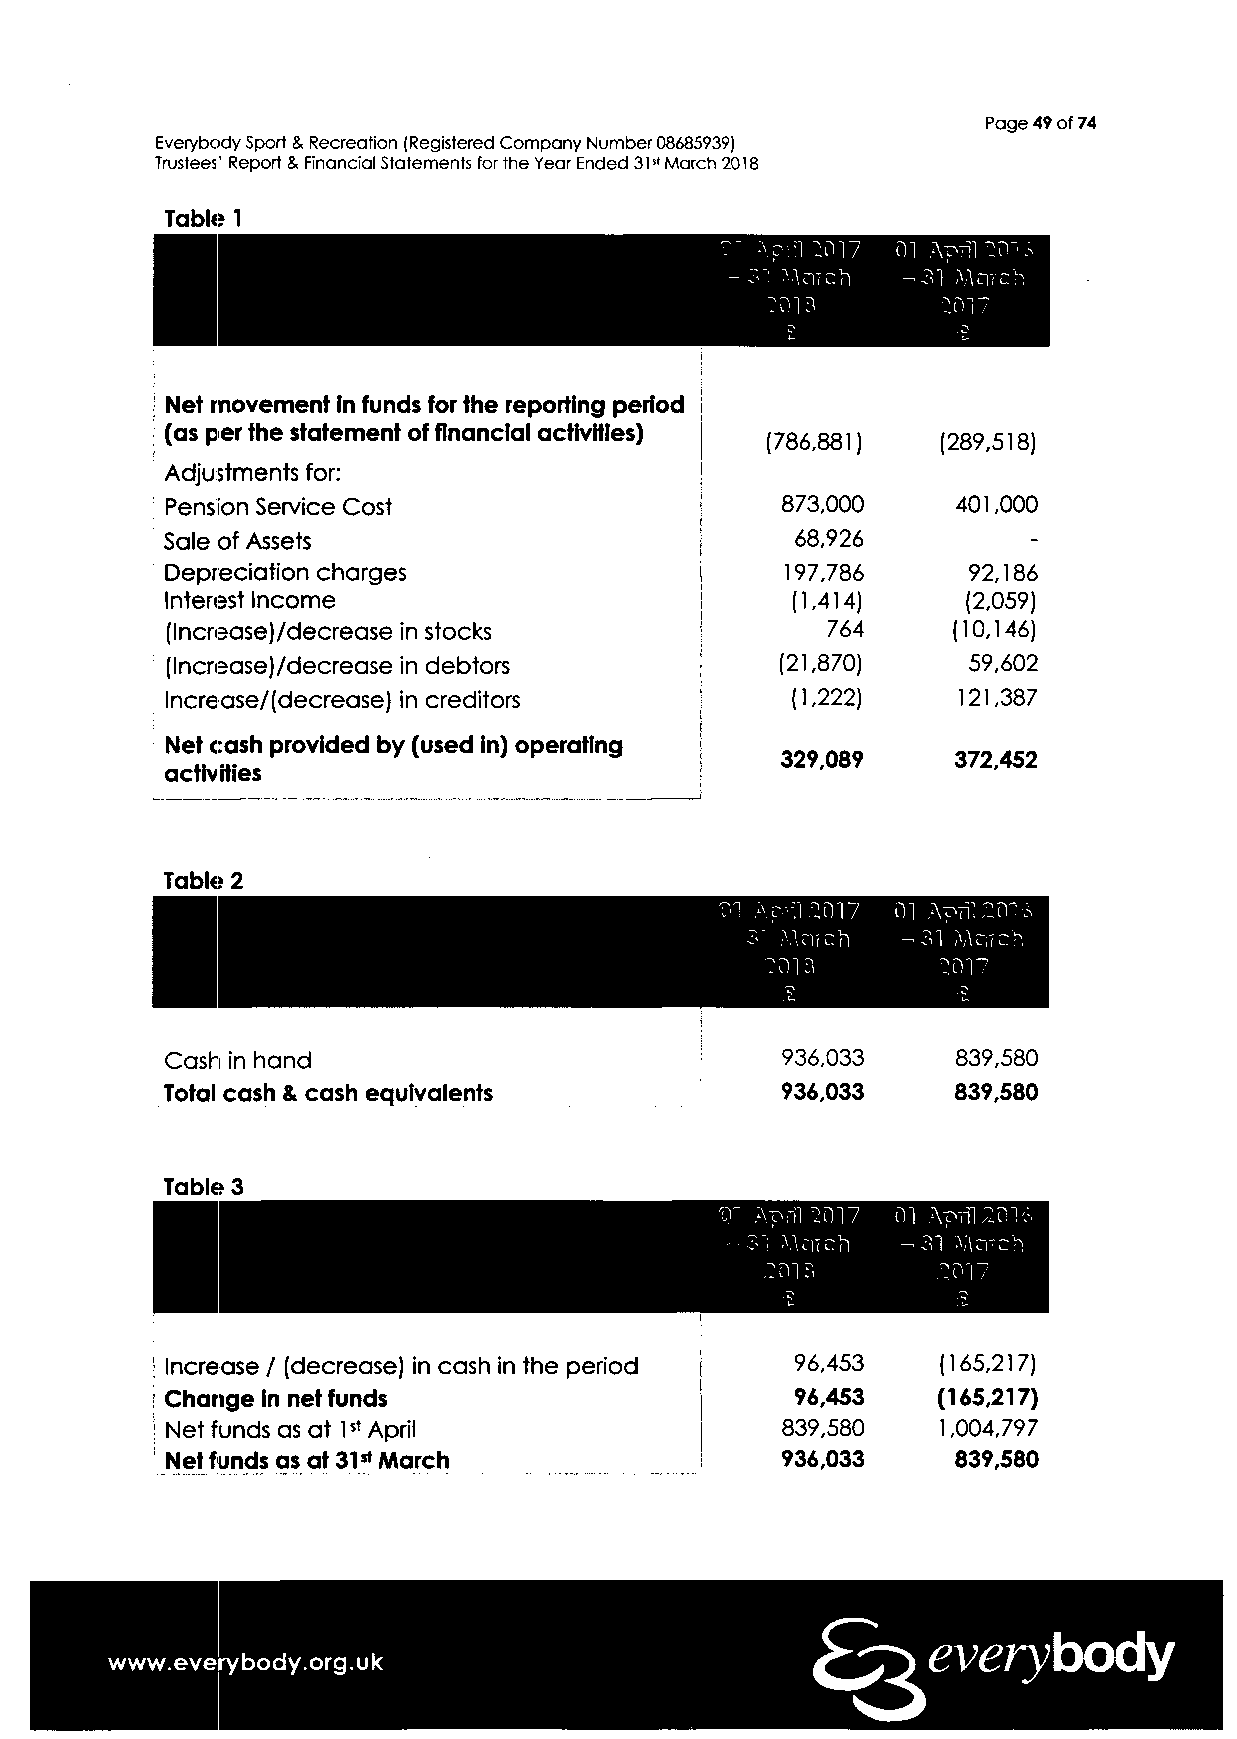
Page 49 of 74
 Everybody Sport & Recreation (Registered Company Number 08685939)
 Trustees' Report & Financial Statements for the Year Ended 31st March 2018
 Table 1
 1 -"Vrl ^17 01 April 301
 - 31 Ma?cri -3l'Wnrch
 :oirj      ^017
 Net movement in funds for the reporting period
 (as p er the statement of financial activities)
 (786,881)  (289,518)
 Adjustments for:
 Pension Service Cost                     873,000    401,000
 Sale of Assets                            68,926         -
 Depreciation charges                     197,786     92,186
 Interest Income                          (1,414)     (2,059)
 (Increasej/decrease in stocks               764     (10,146)
 [lncrease)/decrease in debtors           (21,870)    59,602
 lncrease/(decrease) in creditors         (1,222)    121,387
 Net cash provided by (used in) operating
 329,08?    372,452
 activities
 31 Apr.l 3017 01 April 301^
 - 31 Wmch   -31 Mr;7ch
 3013       :oi7
 Cash in hand                             936,033    839,580
 Total cash & cash equivalents            936,033    839,580
 31 April HOI7 01 April 301^,
 -31 Mnrcri -31 WCITC>!
 301 a      3017
 Increase / (decrease) in cash in the period 96,453 (165,217)
 Change in net funds                       96,453   (165,217)
 Net funds as at 1st April                839,580   1,004,797
 Net funds as at 31st March               936,033    839,580
 everybody
 www.everybody.org.uk